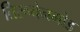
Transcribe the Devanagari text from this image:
तिरूचेनगोड